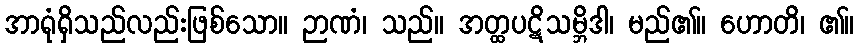
အာရုံရှိသည်လည်းဖြစ်သော။ ဉာဏံ၊ သည်။ အတ္ထပဋိသမ္ဘိဒါ၊ မည်၏။ ဟောတိ၊ ၏။